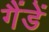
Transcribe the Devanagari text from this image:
गैंडें